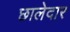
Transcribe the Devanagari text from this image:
छालेदार